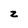
Character: z